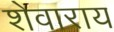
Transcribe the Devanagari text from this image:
शेवाराय